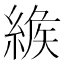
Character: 𦂐